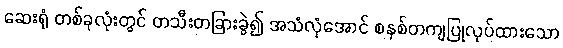
ဆေးရုံ တစ်ခုလုံးတွင် တသီးတခြားခွဲ၍ အသံလုံအောင် စနစ်တကျပြုလုပ်ထားသော